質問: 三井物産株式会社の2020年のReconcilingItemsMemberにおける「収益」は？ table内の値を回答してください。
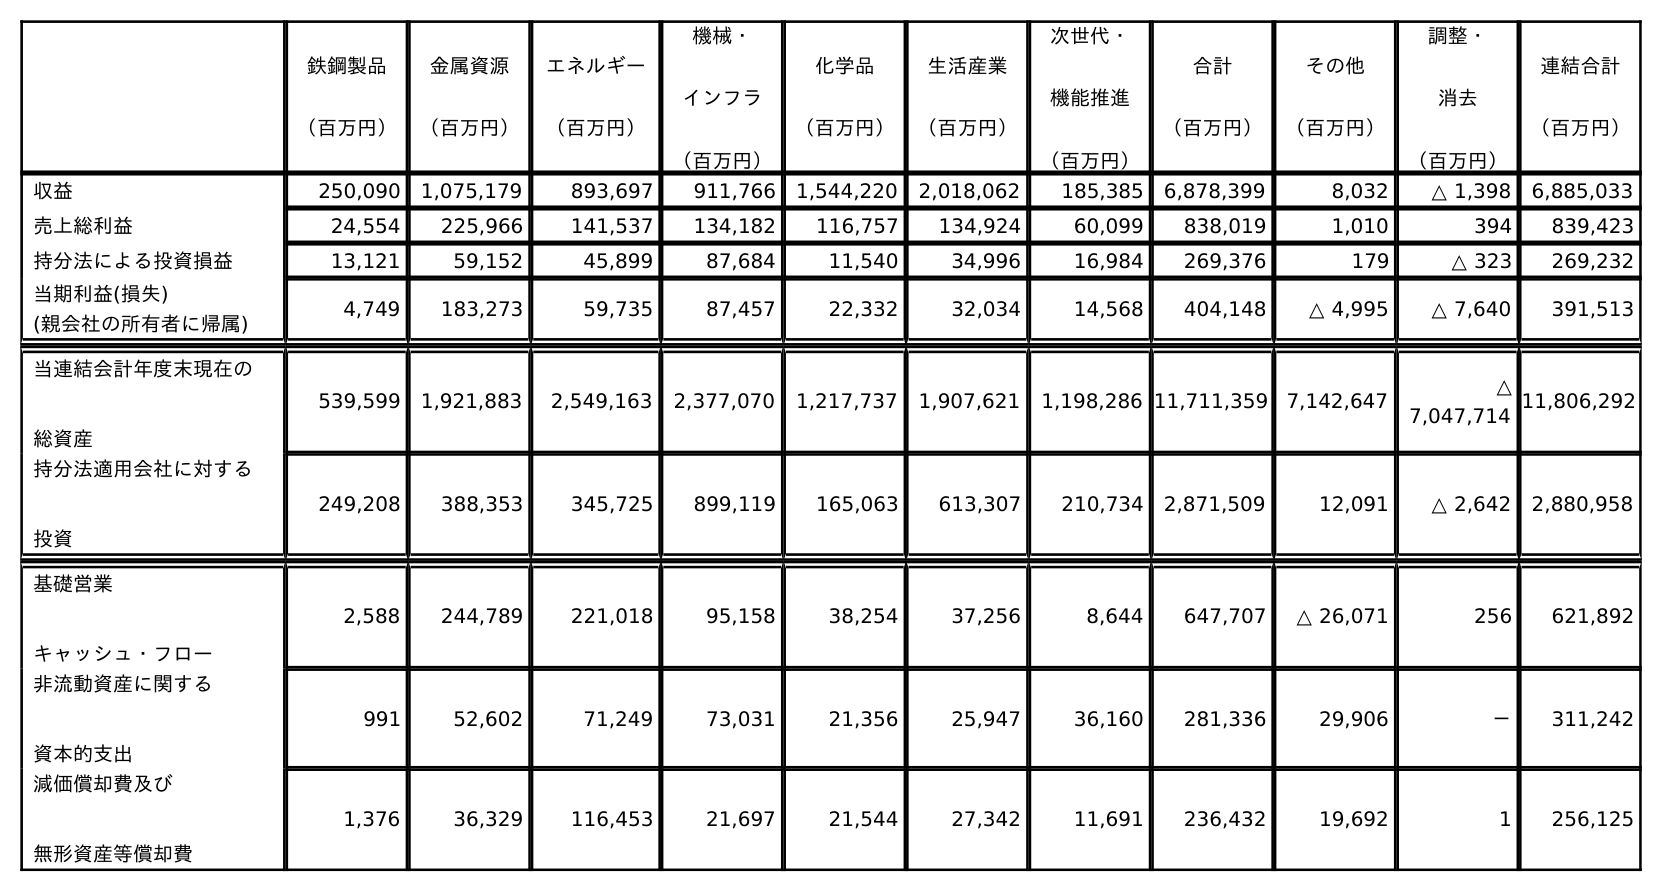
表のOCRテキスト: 鉄鋼製品 （百万円） 金属資源 （百万円） エネルギー （百万円） 機械・ インフラ （百万円） 化学品 （百万円） 生活産業 （百万円） 次世代・ 機能推進 （百万円） 合計 （百万円） その他 （百万円） 調整・ 消去 （百万円） 連結合計 （百万円） 収益 250,090 1,075,179 893,697 911,766 1,544,220 2,018,062 185,385 6,878,399 8,032 △ 1,398 6,885,033 売上総利益 24,554 225,966 141,537 134,182 116,757 134,924 60,099 838,019 1,010 394 839,423 持分法による投資損益 13,121 59,152 45,899 87,684 11,540 34,996 16,984 269,376 179 △ 323 269,232 当期利益(損失)      (親会社の所有者に帰属) 4,749 183,273 59,735 87,457 22,332 32,034 14,568 404,148 △ 4,995 △ 7,640 391,513 当連結会計年度末現在の 総資産 539,599 1,921,883 2,549,163 2,377,070 1,217,737 1,907,621 1,198,286 11,711,359 7,142,647 △ 7,047,714 11,806,292 持分法適用会社に対する 投資 249,208 388,353 345,725 899,119 165,063 613,307 210,734 2,871,509 12,091 △ 2,642 2,880,958 基礎営業 キャッシュ・フロー 2,588 244,789 221,018 95,158 38,254 37,256 8,644 647,707 △ 26,071 256 621,892 非流動資産に関する 資本的支出 991 52,602 71,249 73,031 21,356 25,947 36,160 281,336 29,906 － 311,242 減価償却費及び 無形資産等償却費 1,376 36,329 116,453 21,697 21,544 27,342 11,691 236,432 19,692 1 256,125
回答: △1,398